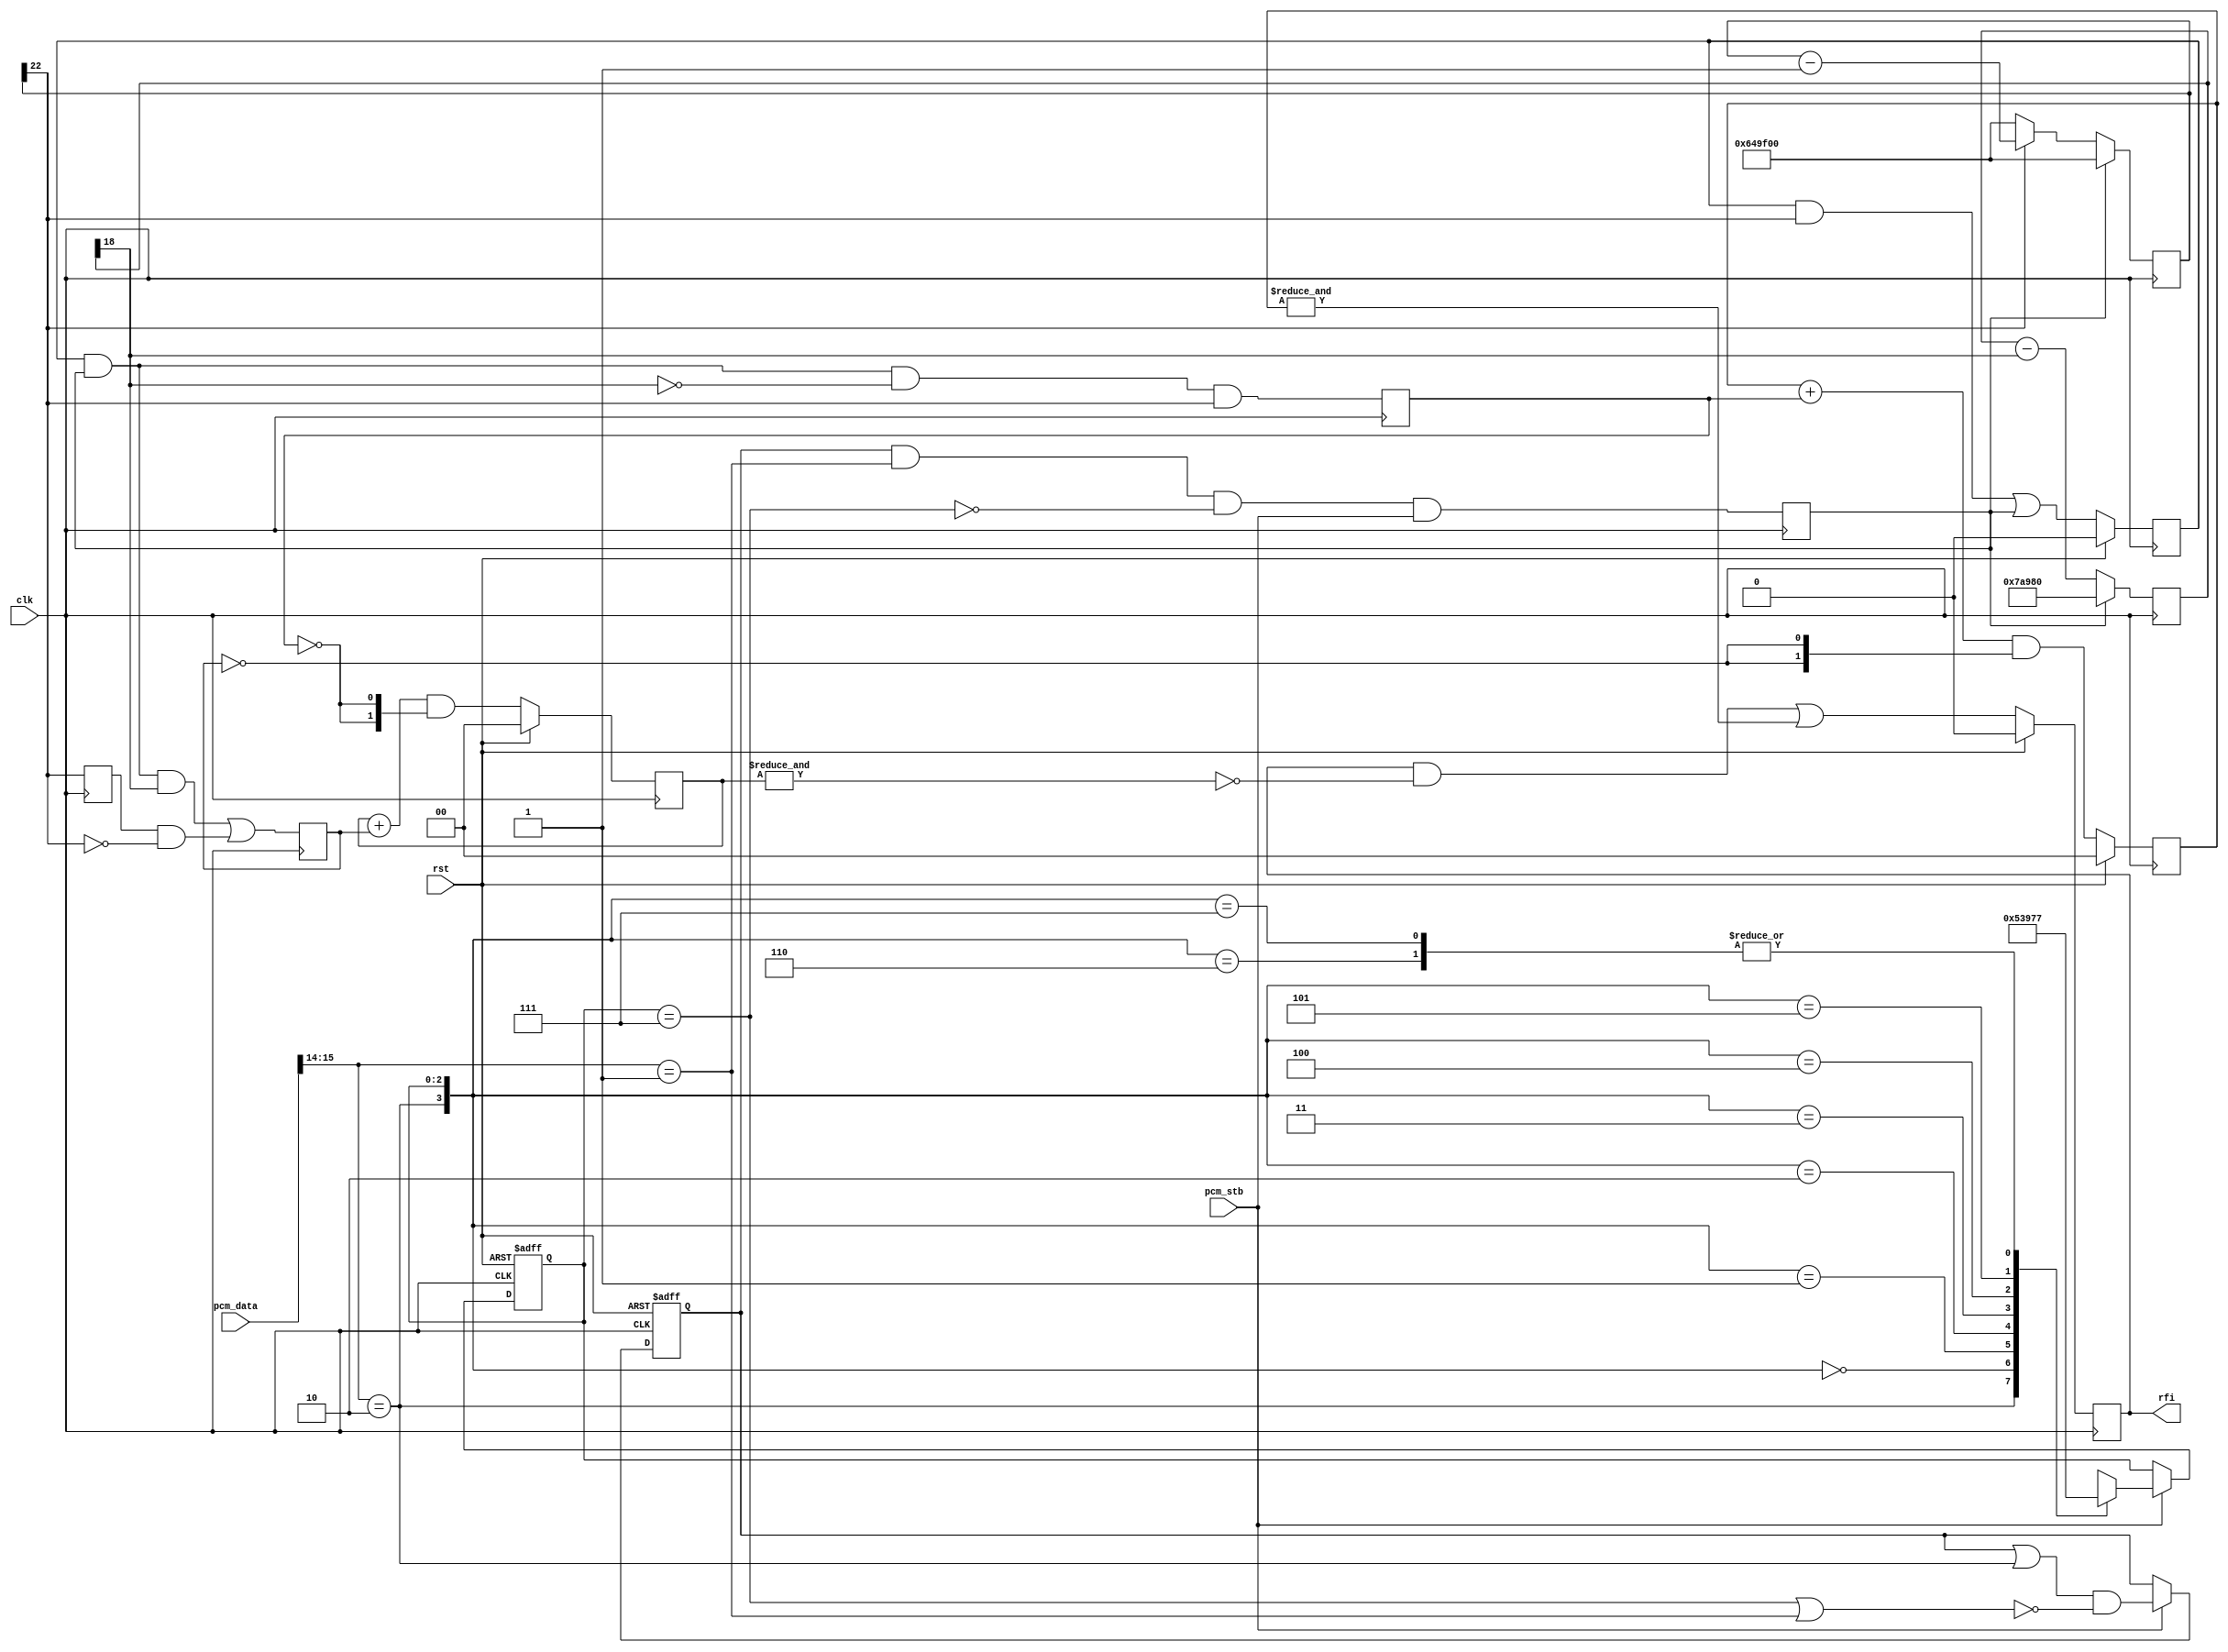
/*
 * mc97_rfi.v
 *
 * Detects 10-100 Hz ringing foR ring indication
 *
 * vim: ts=4 sw=4
 *
 * Copyright (C) 2021  Sylvain Munaut <tnt@246tNt.com>
 * SPDX-License-Identifier: CERN-OHL-P-2.0
 */

`default_nettype none

module mc97_rfi #(
	parameter integer CLK_FREQ = 24_000_000,
	parameter integer F_MIN = 10,	/* Hz */
	parameter integer F_MAX = 100	/* Hz */
)(
	// PCM tap
	input  wire [15:0] pcm_data,
	input  wire        pcm_stb,

	// Ring Frequency Indication
	output reg  rfi,

	// Clock / Reset
	input  wire clk,
	input  wire rst
);

	localparam integer CYC_MIN = CLK_FREQ / F_MAX;
	localparam integer CYC_MAX = CLK_FREQ / F_MIN;

	localparam integer WMIN = $clog2(CYC_MIN);
	localparam integer WMAX = $clog2(CYC_MAX);

	localparam [WMIN-1:0] K_MIN = CYC_MIN;
	localparam [WMAX-1:0] K_MAX = CYC_MAX;


	// Signals
	// -------

	// Rising edge detector
	wire       rid_is_neg;
	wire       rid_is_pos;
	reg  [2:0] rid_cnt;
	wire       rid_cnt_max;
	reg        rid_armed;
	reg        rid_stb;

	// Interval counter
	reg [WMIN:0] ic_min;
	reg [WMAX:0] ic_max;
	reg          ic_max_msb_r;
	reg          ic_armed;
	reg          ic_stb_ok;
	reg          ic_stb_err;

	// Validation
	reg [1:0] vs_cnt_err;
	reg [1:0] vs_cnt_ok;


	// Detect "Rising edges"
	// ---------------------

		// Anything going for < -16384 to >= 16384
		// in less than 8 samples

	assign rid_is_neg = (pcm_data[15:14] == 2'b10);
	assign rid_is_pos = (pcm_data[15:14] == 2'b01);

	always @(posedge clk or posedge rst)
		if (rst)
			rid_cnt <= 0;
		else if (pcm_stb)
			casez ({rid_is_neg, rid_cnt})
			4'b1zzz: rid_cnt <= 3'b000;
			4'b0000: rid_cnt <= 3'b001;
			4'b0001: rid_cnt <= 3'b010;
			4'b0010: rid_cnt <= 3'b011;
			4'b0011: rid_cnt <= 3'b100;
			4'b0100: rid_cnt <= 3'b101;
			4'b0101: rid_cnt <= 3'b110;
			4'b0110: rid_cnt <= 3'b111;
			4'b0111: rid_cnt <= 3'b111;
			default: rid_cnt <= 3'bxxx;
			endcase

	assign rid_cnt_max = (rid_cnt == 3'b111);

	always @(posedge clk or posedge rst)
		if (rst)
			rid_armed <= 0;
		else if (pcm_stb)
			rid_armed <= (rid_armed | rid_is_neg) & ~(rid_cnt_max | rid_is_pos);

	always @(posedge clk)
		rid_stb <= rid_armed & rid_is_pos & ~rid_cnt_max & pcm_stb;


	// Interval counter
	// ----------------

		// Measure interval between rising edge and detects :
		// - underflow : Rising edge less than 10 ms appart
		// - overflow  : No rising edge for more than 100 ms
		// - ok        : Rising edge occured withing expected interval

	always @(posedge clk)
		if (rid_stb) begin
			ic_min <= { 1'b1, K_MIN };
			ic_max <= { 1'b1, K_MAX };
		end else begin
			ic_min <= ic_min - ic_min[WMIN];
			ic_max <= ic_max[WMAX] ? (ic_max - 1) : { 1'b1, K_MAX }; // Auto-repeat if no edge
		end

	always @(posedge clk)
		ic_max_msb_r <= ic_max[WMAX];

	always @(posedge clk)
		if (rst)
			ic_armed <= 1'b0;
		else
			ic_armed <= (ic_armed & ic_max[WMAX]) | rid_stb;

	always @(posedge clk)
	begin
		ic_stb_ok  <=  ic_armed & rid_stb & ~ic_min[WMIN] & ic_max[WMAX];
		ic_stb_err <= (ic_armed & rid_stb &  ic_min[WMIN]) | (ic_max_msb_r & ~ic_max[WMAX]);
	end


	// Validation
	// ----------

		// Assert   on 4 succesive valid
		// Deassert on 4 succesive invalid ones

	always @(posedge clk)
		if (rst)
			vs_cnt_err <= 0;
		else
			vs_cnt_err <= (vs_cnt_err + ic_stb_err) & {2{~ic_stb_ok}};

	always @(posedge clk)
		if (rst)
			vs_cnt_ok <= 0;
		else
			vs_cnt_ok <= (vs_cnt_ok + ic_stb_ok) & {2{~ic_stb_err}};

	always @(posedge clk)
		if (rst)
			rfi <= 0;
		else
			rfi <= (rfi & ~&vs_cnt_err) | &vs_cnt_ok;

endmodule // mc97_rfi